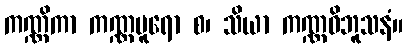
ကဏ္ဏိကာ ကဏ္ဏပူရော စ၊ သိယာ ကဏ္ဏဝိဘူသနံ။